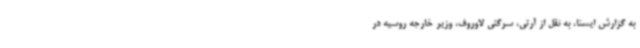
به گزارش ایسنا، به نقل از آرتی، سرگئی لاوروف، وزیر خارجه روسیه در